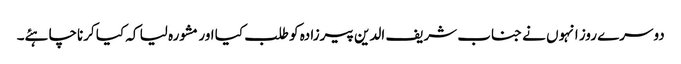
دوسرے روز انہوں نے جناب شریف الدین پیرزادہ کو طلب کیا اور مشورہ لیا کہ کیا کرناچاہئے۔